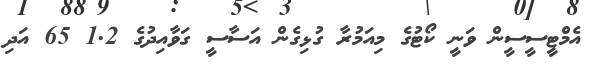
އެމްޓީސީސީން ވަނީ ކޯޓުގެ މިއަމުރާ ގުޅިގެން އަސާސީ ގަވާއިދުގެ 1.2 65 އަދި